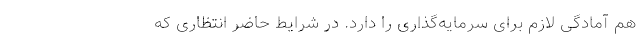
هم آمادگی لازم برای سرمایه‌گذاری را دارد. در شرایط حاضر انتظاری که